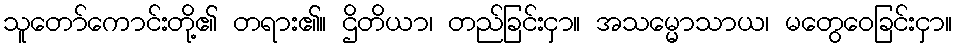
သူတော်ကောင်းတို့၏ တရား၏။ ဌိတိယာ၊ တည်ခြင်းငှာ။ အသမ္မောသာယ၊ မတွေဝေခြင်းငှာ။